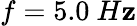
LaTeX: f=5.0\ H\mathbf{z}